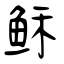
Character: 稣